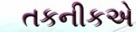
તકનીકએ